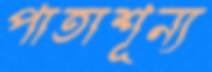
পাতাশূন্য